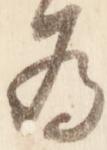
為